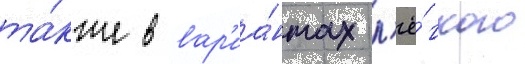
та́кже в вар'иа́нтах л'ё́гкого